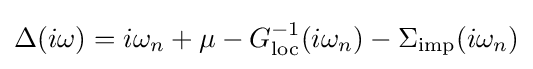
\Delta (i\omega )=i\omega _{n}+\mu -G_{\mathrm {loc} }^{-1}(i\omega _{n})-\Sigma _{\mathrm {imp} }(i\omega _{n})